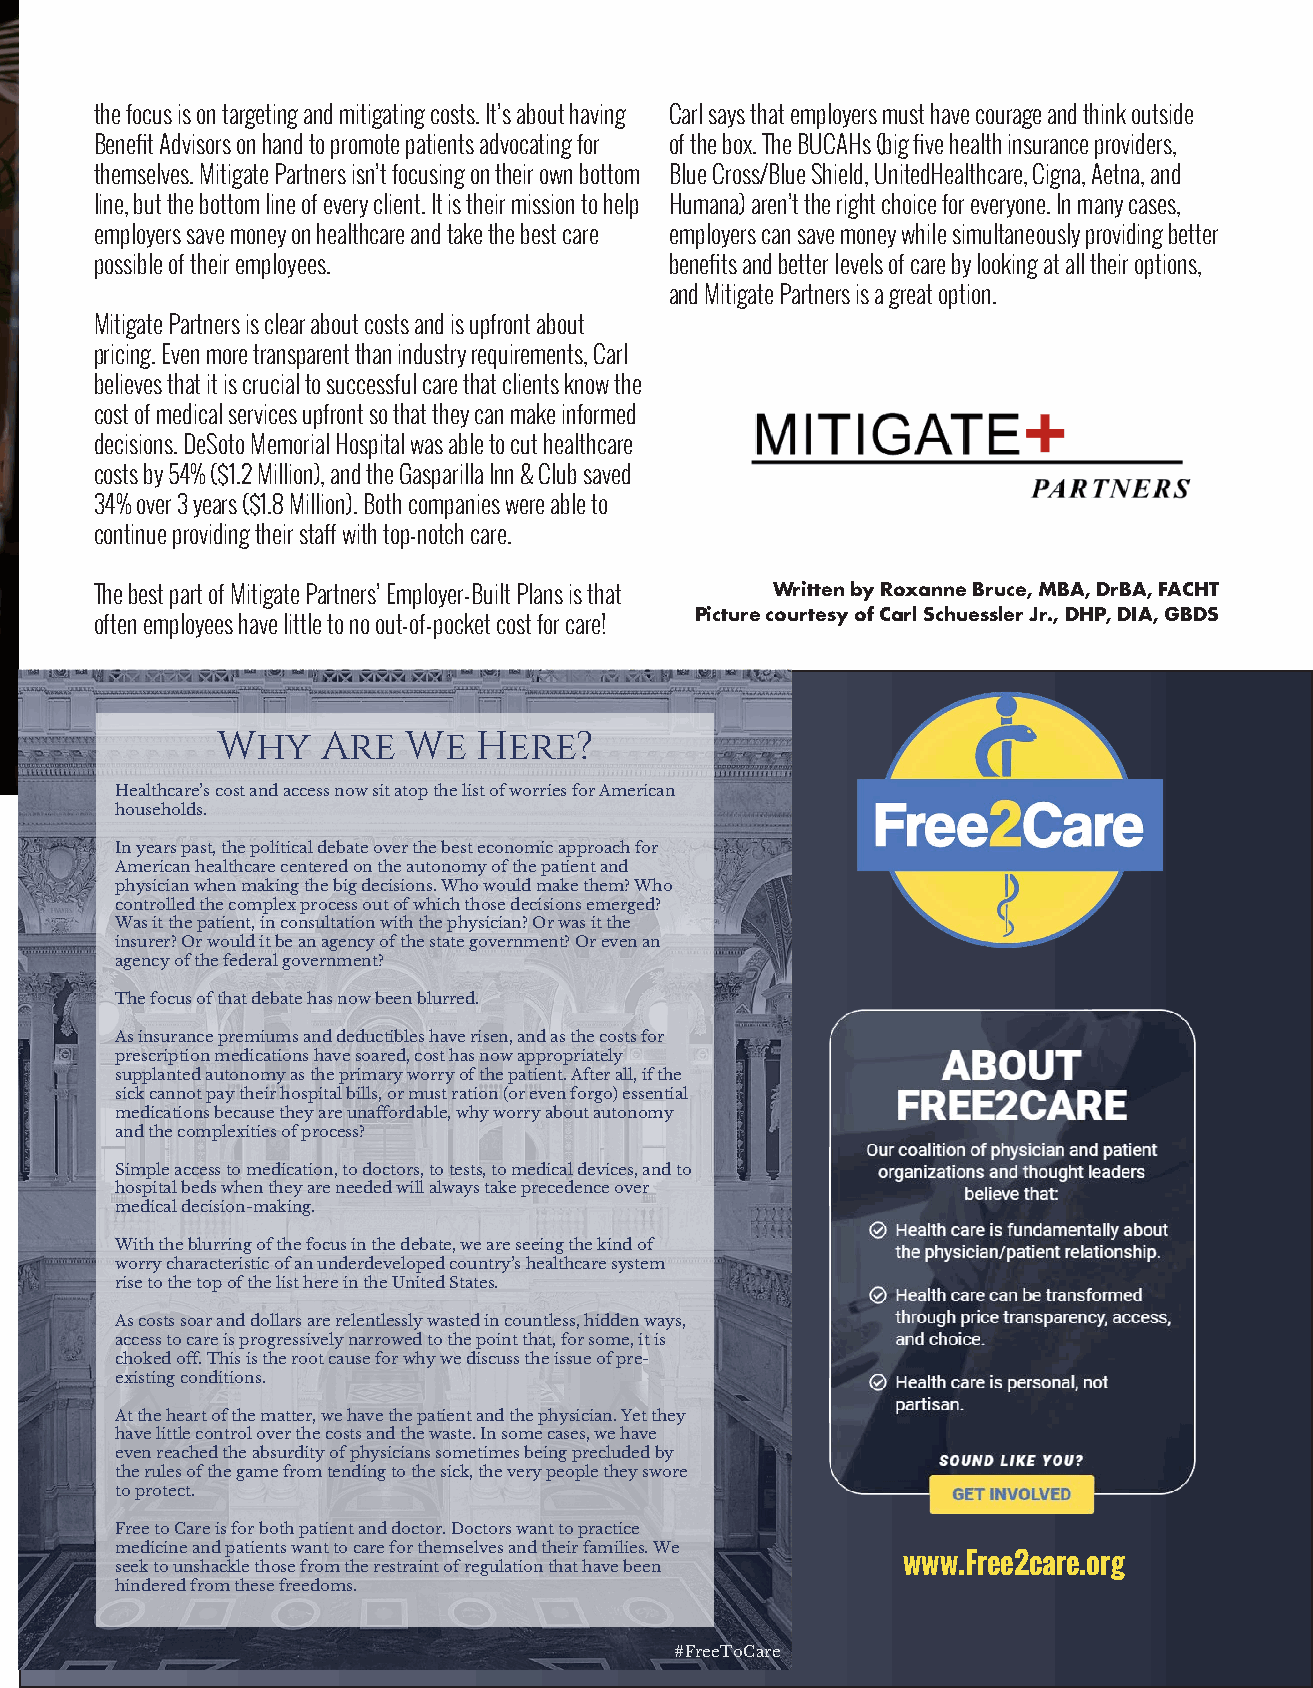
the focus is on targeting and mitigating costs. It’s about having Carl says that employers must have courage and think outside
 Benefit Advisors on hand to promote patients advocating for of the box. The BUCAHs (big five health insurance providers,
 themselves. Mitigate Partners isn’t focusing on their own bottom Blue Cross/Blue Shield, UnitedHealthcare, Cigna, Aetna, and
 line, but the bottom line of every client. It is their mission to help Humana) aren’t the right choice for everyone. In many cases,
 employers save money on healthcare and take the best care employers can save money while simultaneously providing better
 possible of their employees.          benefits and better levels of care by looking at all their options,
 and Mitigate Partners is a great option.
 Mitigate Partners is clear about costs and is upfront about
 pricing. Even more transparent than industry requirements, Carl
 believes that it is crucial to successful care that clients know the
 cost of medical services upfront so that they can make informed
 decisions. DeSoto Memorial Hospital was able to cut healthcare
 costs by 54% ($1.2 Million), and the Gasparilla Inn & Club saved
 34% over 3 years ($1.8 Million). Both companies were able to
 continue providing their staff with top-notch care.
 The best part of Mitigate Partners’ Employer-Built Plans is that Written by Roxanne Bruce, MBA, DrBA, FACHT
 Picture courtesy of Carl Schuessler Jr., DHP, DIA, GBDS
 often employees have little to no out-of-pocket cost for care!
 Why    Are   We   Here?
 Healthcare’s cost and access now sit atop the list of worries for American
 households.
 In years past, the political debate over the best economic approach for
 American healthcare centered on the autonomy of the patient and
 physician when making the big decisions. Who would make them? Who
 controlled the complex process out of which those decisions emerged?
 Was it the patient, in consultation with the physician? Or was it the
 insurer? Or would it be an agency of the state government? Or even an
 agency of the federal government?
 The focus of that debate has now been blurred.
 As insurance premiums and deductibles have risen, and as the costs for
 prescription medications have soared, cost has now appropriately
 supplanted autonomy as the primary worry of the patient. After all, if the
 sick cannot pay their hospital bills, or must ration (or even forgo) essential
 medications because they are unaffordable, why worry about autonomy
 and the complexities of process?
 Simple access to medication, to doctors, to tests, to medical devices, and to
 hospital beds when they are needed will always take precedence over
 medical decision-making.
 With the blurring of the focus in the debate, we are seeing the kind of
 worry characteristic of an underdeveloped country’s healthcare system
 rise to the top of the list here in the United States.
 As costs soar and dollars are relentlessly wasted in countless, hidden ways,
 access to care is progressively narrowed to the point that, for some, it is
 choked off. This is the root cause for why we discuss the issue of pre-
 existing conditions.
 At the heart of the matter, we have the patient and the physician. Yet they
 have little control over the costs and the waste. In some cases, we have
 even reached the absurdity of physicians sometimes being precluded by
 the rules of the game from tending to the sick, the very people they swore
 to protect.
 Free to Care is for both patient and doctor. Doctors want to practice
 medicine and patients want to care for themselves and their families. We
 seek to unshackle those from the restraint of regulation that have been www.Free2care.org
 hindered from these freedoms.
 WWW.PHYSICIANOUTLOOK.COM | 37
 #FreeToCare